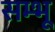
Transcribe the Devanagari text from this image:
सम्भू